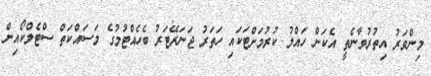
މިންވަރު އިތުރުވާނެތީ އެކަން ހައްލު ކުރުމަށްޓަކައި ހަތަރު ޖަނަރޭޓަރު ބެހެއްޓުމުގެ މަސައްކަތް ސްޓެލްކޯއިން